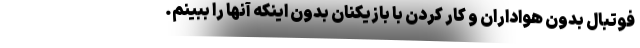
فوتبال بدون هواداران و کار کردن با بازیکنان بدون اینکه آنها را ببینم.